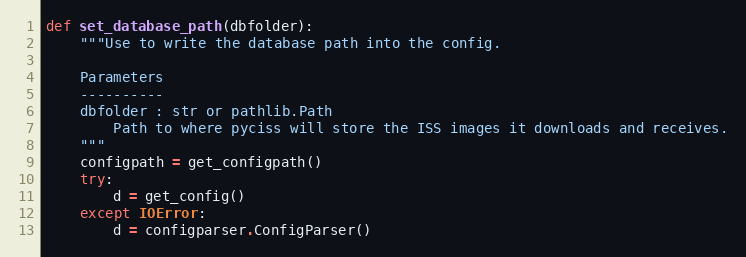
Language: Python
def set_database_path(dbfolder):
    """Use to write the database path into the config.

    Parameters
    ----------
    dbfolder : str or pathlib.Path
        Path to where pyciss will store the ISS images it downloads and receives.
    """
    configpath = get_configpath()
    try:
        d = get_config()
    except IOError:
        d = configparser.ConfigParser()